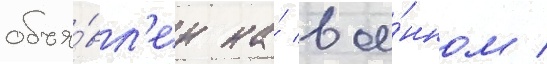
объя́вл'ен на́ вое́нном /